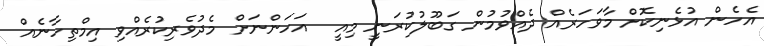
އެހެން އުޅެނިކޮށް މާވަހަރެއް ދެއްވުމުން ގަބޫލުކުރަނީ މިއީ  އަހަންނަށް މެދުވެރިކުރެއްވި އިމްތިހާނެއް